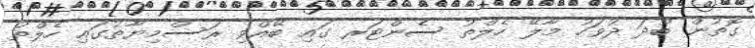
ގޮތުން ބުދަ ދުވަހު މާލޭ ހެލްތު ސެންޓަރ ގައި ބޭއްވި ރަސްމިޔާތުގައި ހެލްތު